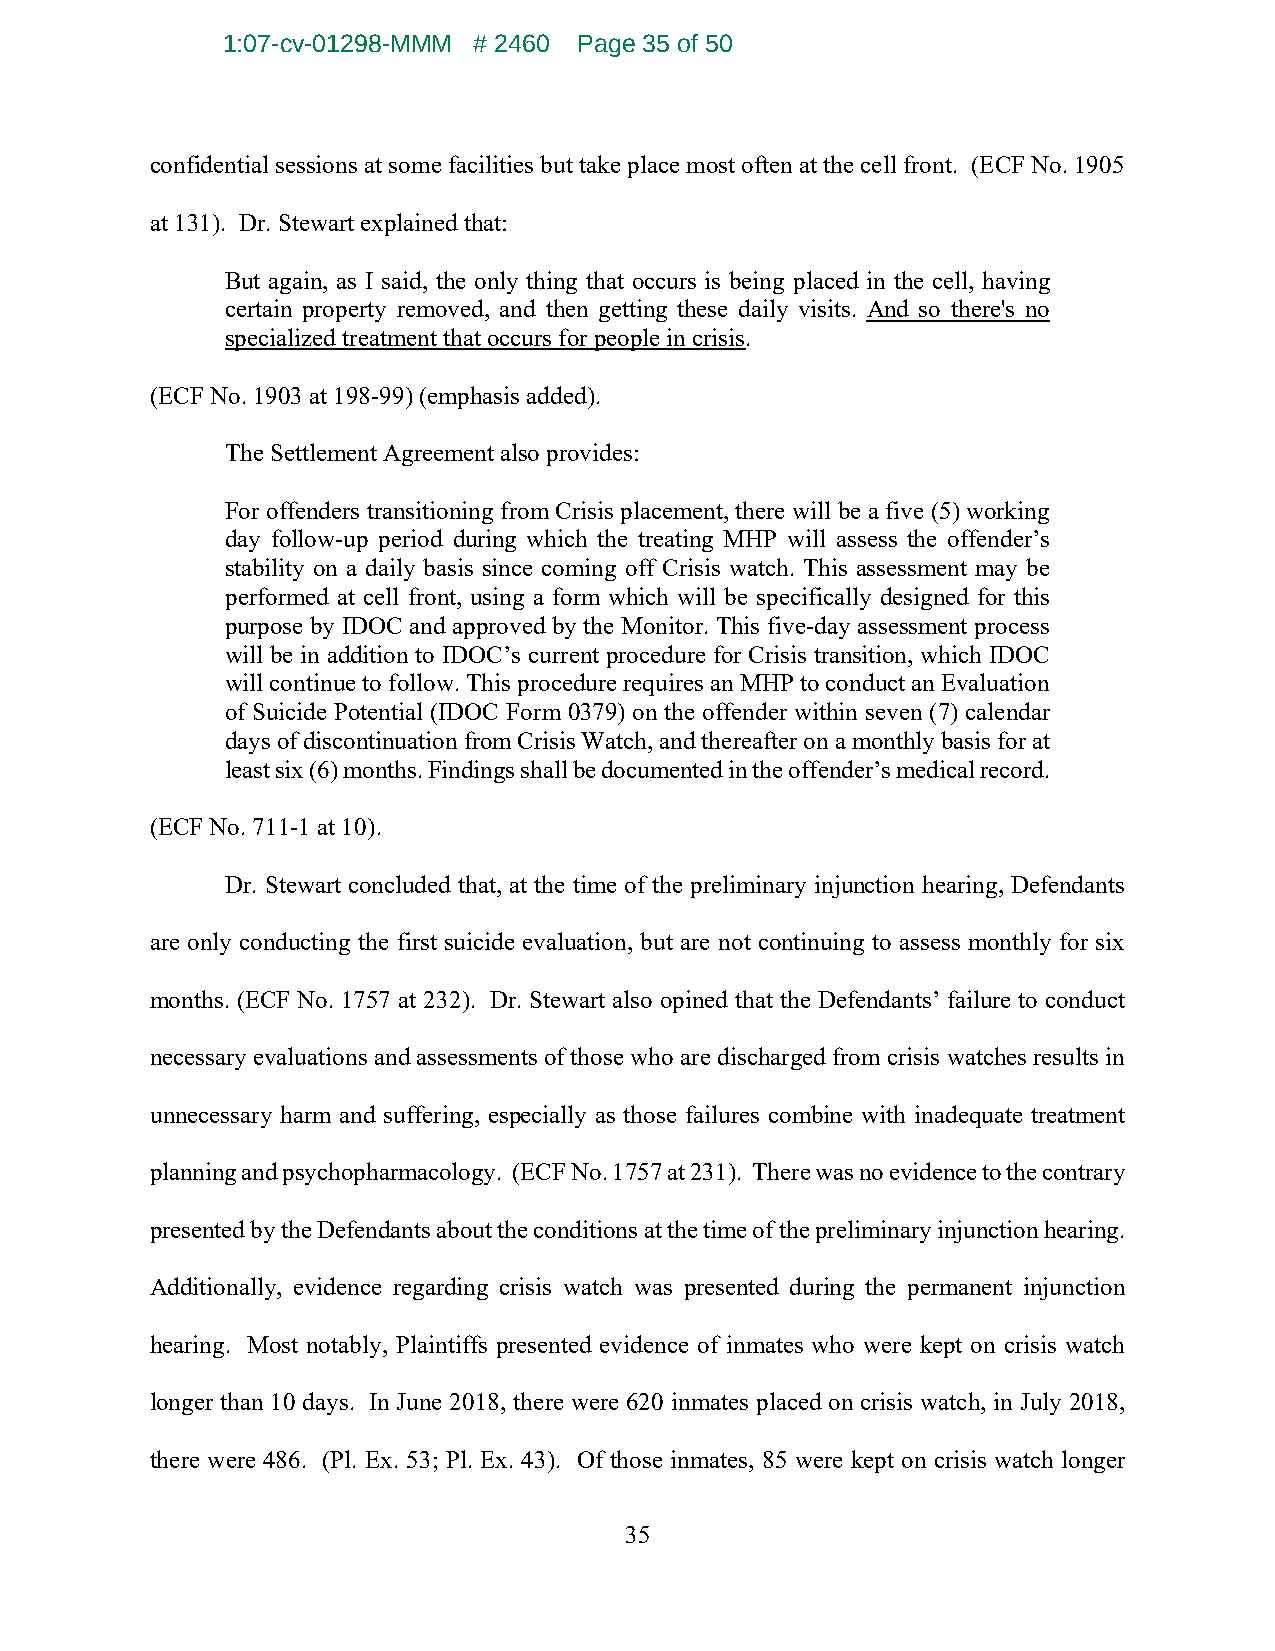
1:07-cv-01298-MMM # 2460 Page 35 of 50
 confidential sessions at some facilities but take place most often at the cell front. (ECF No. 1905
 at 131). Dr. Stewart explained that:
 But again, as I said, the only thing that occurs is being placed in the cell, having
 certain property removed, and then getting these daily visits. And so there's no
 specialized treatment that occurs for people in crisis.
 (ECF No. 1903 at 198-99) (emphasis added).
 The Settlement Agreement also provides:
 For offenders transitioning from Crisis placement, there will be a five (5) working
 day follow-up period during which the treating MHP will assess the offender’s
 stability on a daily basis since coming off Crisis watch. This assessment may be
 performed at cell front, using a form which will be specifically designed for this
 purpose by IDOC and approved by the Monitor. This five-day assessment process
 will be in addition to IDOC’s current procedure for Crisis transition, which IDOC
 will continue to follow. This procedure requires an MHP to conduct an Evaluation
 of Suicide Potential (IDOC Form 0379) on the offender within seven (7) calendar
 days of discontinuation from Crisis Watch, and thereafter on a monthly basis for at
 least six (6) months. Findings shall be documented in the offender’s medical record.
 (ECF No. 711-1 at 10).
 Dr. Stewart concluded that, at the time of the preliminary injunction hearing, Defendants
 are only conducting the first suicide evaluation, but are not continuing to assess monthly for six
 months. (ECF No. 1757 at 232). Dr. Stewart also opined that the Defendants’ failure to conduct
 necessary evaluations and assessments of those who are discharged from crisis watches results in
 unnecessary harm and suffering, especially as those failures combine with inadequate treatment
 planning and psychopharmacology. (ECF No. 1757 at 231). There was no evidence to the contrary
 presented by the Defendants about the conditions at the time of the preliminary injunction hearing.
 Additionally, evidence regarding crisis watch was presented during the permanent injunction
 hearing. Most notably, Plaintiffs presented evidence of inmates who were kept on crisis watch
 longer than 10 days. In June 2018, there were 620 inmates placed on crisis watch, in July 2018,
 there were 486. (Pl. Ex. 53; Pl. Ex. 43). Of those inmates, 85 were kept on crisis watch longer
 35